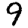
Digit: 9